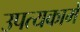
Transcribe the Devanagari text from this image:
उपत्यकामे